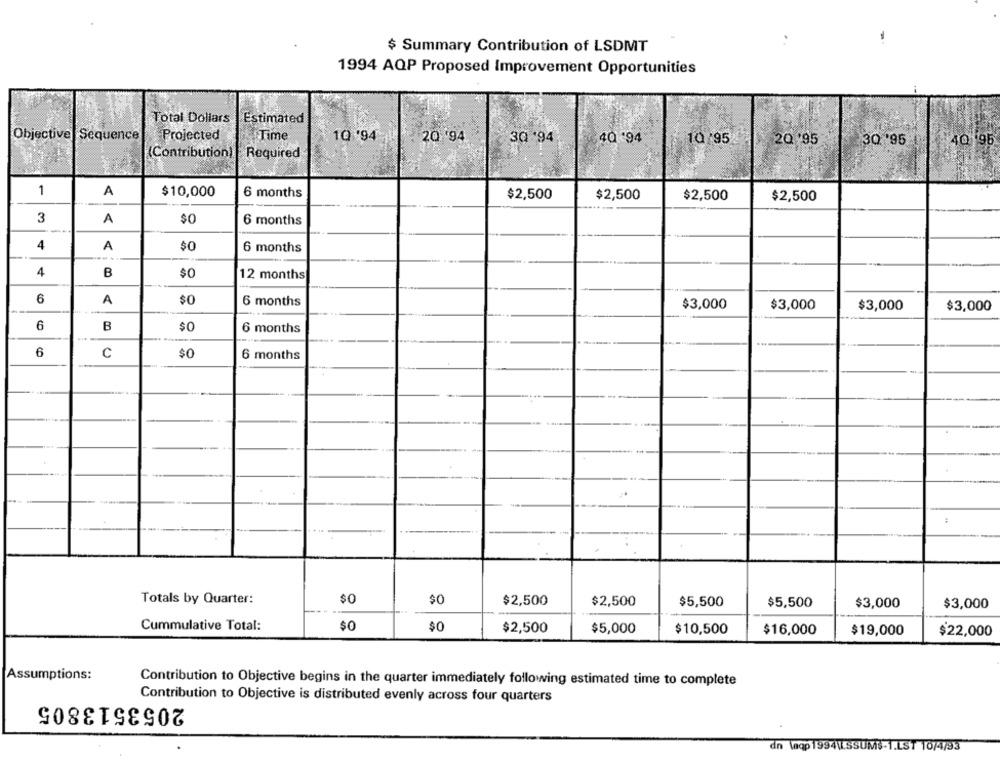
$ Summary Contribution of LSDMT
1994 AQP Proposed Improvement Opportunities
Total Dollars
Estimated
Objective Sequence
Projected
Time
1Q '94
20 '94
40 .94
30 '94
10/95
20 '95
30 95
40 95
Contribution)
Required
1
A
$10,000
6 months
$2,500
$2,500
$2,500
$2,500
3
A
$0
6 months
4
A
$0
6 months
4
B
$0
12 months
6
A
$0
6 months
$3,000
$3,000
$3,000
$3,000
6
B
$0
6 months
6
C
$0
6 months
Totals by Quarter:
$0
$0
$2,500
$2,500
$5,500
$5,500
$3,000
$3,000
Cummulative Total:
$0
$0
$2,500
$5,000
$10,500
$16,000
$19,000
$22,000
Assumptions:
Contribution to Objective begins in the quarter immediately following estimated time to complete
Contribution to Objective is distributed evenly across four quarters
2053513805
dn laqp 1994\LSSUMS-1.LST 10/4/93